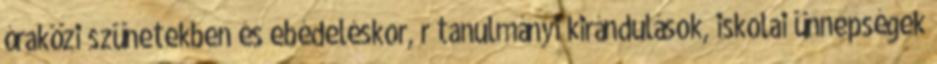
óraközi szünetekben és ebédeléskor, r tanulmányi kirándulások, iskolai ünnepségek